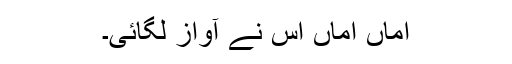
اماں اماں اس نے آواز لگائی۔